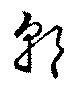
郭